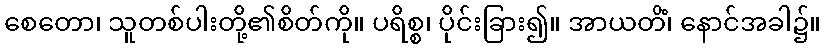
စေတော၊ သူတစ်ပါးတို့၏စိတ်ကို။ ပရိစ္စ၊ ပိုင်းခြား၍။ အာယတိံ၊ နောင်အခါ၌။